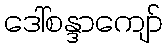
ဒေါ်စန္ဒာကျော်